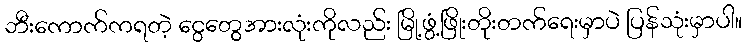
ဘီးကောက်ကရတဲ့ ငွေတွေအားလုံးကိုလည်း မြို့ဖွံ့ဖြိုးတိုးတက်ရေးမှာပဲ ပြန်သုံးမှာပါ။